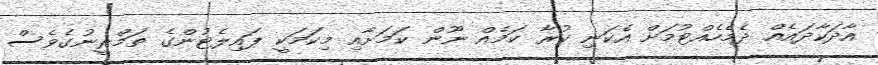
އާދަކާދައެއް ދެމެހެއްޓުމަށް އެކަނި ކުރާ ކަމެއް ނޫން ކަމަށާއި މިކަމަކީ ޕައިލެޓުންގެ ތަމްރީނުގެވެސް